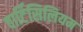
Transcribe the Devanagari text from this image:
वार्टिसिलियम